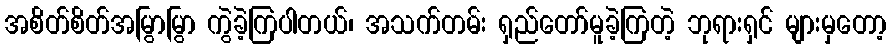
အစိတ်စိတ်အမြွာမြွာ ကွဲခဲ့ကြပါတယ်၊ အသက်တမ်း ရှည်တော်မူခဲ့ကြတဲ့ ဘုရားရှင် များမှတော့